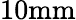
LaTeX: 10\mathrm{mm}